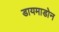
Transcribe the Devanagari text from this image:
डायमाडोन